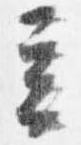
立